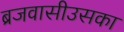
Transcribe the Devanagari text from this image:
ब्रजवासीउसका